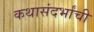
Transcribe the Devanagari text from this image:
कथासंदर्भांची